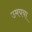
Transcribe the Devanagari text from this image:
उमयया